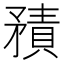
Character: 𥎍